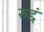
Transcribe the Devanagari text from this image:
रुद्दं